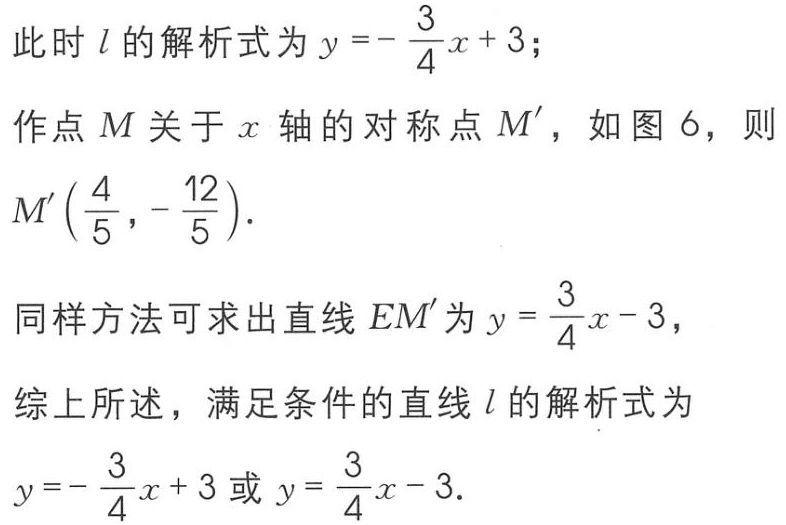
此时 \(l\) 的解析式为 \(y =-\frac{3}{4}x + 3\)；
作点 \(M\) 关于 \(x\) 轴的对称点 \(M'\)，如图 \(6\)，则 \(M'\left(\frac{4}{5},-\frac{12}{5}\right)\)．
同样方法可求出直线 \(EM'\) 为 \(y = \frac{3}{4}x - 3\)，
综上所述，满足条件的直线 \(l\) 的解析式为 \(y =-\frac{3}{4}x + 3\) 或 \(y = \frac{3}{4}x - 3\)．